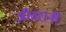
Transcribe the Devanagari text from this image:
जीवरानी